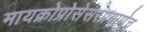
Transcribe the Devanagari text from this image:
मायक्रोप्रोसेसरप्रमाणेच